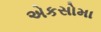
એકસોમા